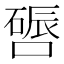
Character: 𫫪